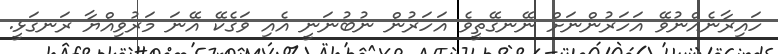
ހައިރާނެއްނުވޭ އަހަރުންނަށް ނޭނގޭތީވެ އަހަރުން ނުބުނަނީ އެއި ވަގެކޭ އޭނަ މަރުވިއްޔާ ރަނގަޅީ.